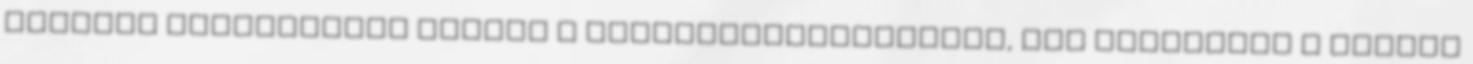
ideális állapotokat teremt a kollagéntermeléshez, így csökkenti a ráncok